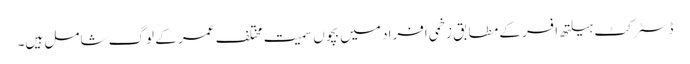
ڈسٹرکٹ ہیلتھ افسر کے مطابق زخمی افراد میں بچوں سمیت مختلف عمر کے لوگ شامل ہیں۔